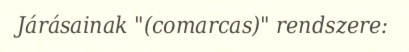
Járásainak "(comarcas)" rendszere: